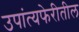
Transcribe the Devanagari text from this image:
उपांत्यफेरीतील